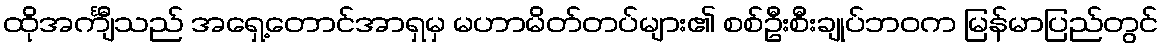
ထိုအင်္ကျီသည် အရှေ့တောင်အာရှမှ မဟာမိတ်တပ်များ၏ စစ်ဦးစီးချုပ်ဘဝက မြန်မာပြည်တွင်